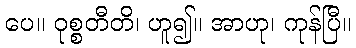
ပေ။ ဝုစ္စတီတိ၊ ဟူ၍။ အာဟု၊ ကုန်ပြီ။